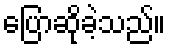
ပြောဆိုခဲ့သည်။